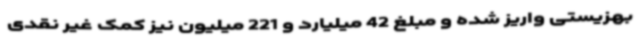
بهزیستی واریز شده و مبلغ 42 میلیارد و 221 میلیون نیز کمک غیر نقدی